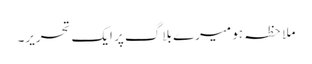
ملاحظہ ہو میرے بلاگ پر ایک تحریر۔